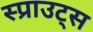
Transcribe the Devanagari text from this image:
स्प्राउट्स